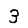
Digit: 3